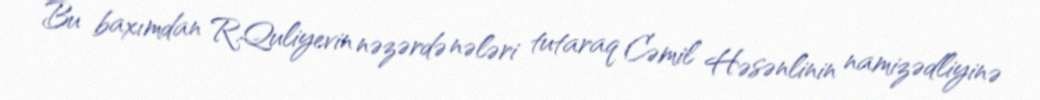
Bu baxımdan R.Quliyevin nəzərdə nələri tutaraq Cəmil Həsənlinin namizədliyinə